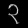
Digit: ၃